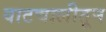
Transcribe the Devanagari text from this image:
वाटचालीतून